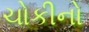
ચોકીનો